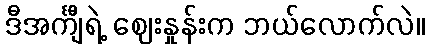
ဒီအင်္ကျီရဲ့ ဈေးနှုန်းက ဘယ်လောက်လဲ။